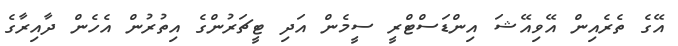
އޭގެ ތެރެއިން އޭވިއޭޝަ އިންޑަސްޓްރީ ސީމެން އަދި ޓީޗަރުންގެ އިތުރުން އެހެން ދާއިރާގެ